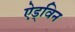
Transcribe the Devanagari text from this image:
ऐड्विन